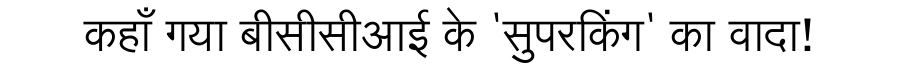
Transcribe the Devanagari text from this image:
कहाँ गया बीसीसीआई के 'सुपरकिंग' का वादा!